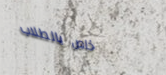
خاص بالطلاب